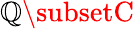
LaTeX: \mathbb{Q}\subsetC